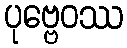
ပုဗ္ဗေဝဿ